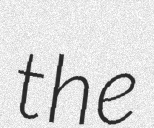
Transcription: the